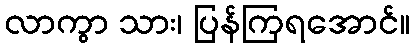
လာကွာ သား၊ ပြန်ကြရအောင်။